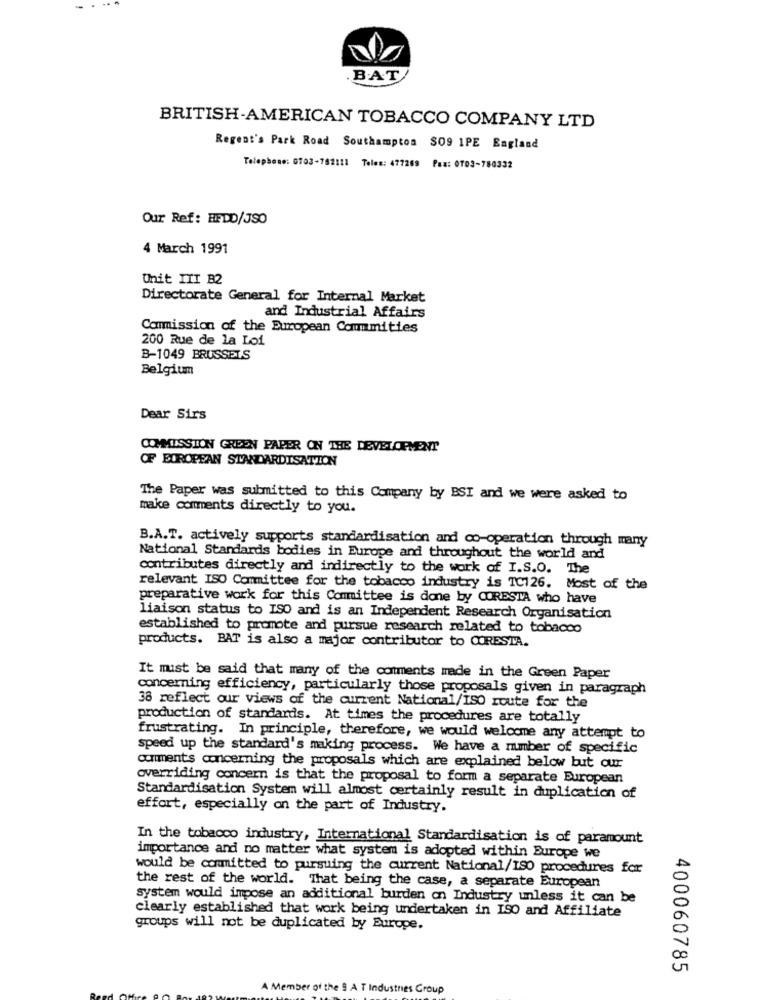
.B.A.T/
BRITISH-AMERICAN TOBACCO COMPANY LTD
Regent's Park Road Southampton $09 1PE England
Telephone: 0703-782111 Teles: 477269 Pas: 0703-780332
Our Ref: HPDD/JSO
4 March 1991
Unit III B2
Directorate General for Internal Market
and Industrial Affairs
Commission of the European Communities
200 Rue de la Loi
B-1049 BRUSSELS
Belgium
Dear Sirs
COMMISSION GREEN PAPER ON THE DEVELOPMENT
OF EUROPEAN STANDARDISATION
The Paper was submitted to this Company by BSI and we were asked to
make comments directly to you.
B.A.T. actively supports standardisation and co-operation through many
National Standards bodies in Europe and throughout the world and
contributes directly and indirectly to the work of I.S.O. The
relevant ISO Committee for the tobacco industry is TC126. Most of the
preparative work for this Committee is done by CORESTA who have
liaison status to ISO and is an Independent Research Organisation
established to promote and pursue research related to tobacco
products. BAT is also a major contributor to CORESTA.
It must be said that many of the comments made in the Green Paper
concerning efficiency, particularly those proposals given in paragraph
38 reflect our views of the current National/ISO route for the
production of standards. At times the procedures are totally
frustrating. In principle, therefore, we would welcome any attempt to
speed up the standard's making process. We have a mumber of specific
comments concerning the proposals which are explained below but our
overriding concern is that the proposal to form a separate European
Standardisation System will almost certainly result in duplication of
effort, especially on the part of Industry.
In the tobacco industry, International Standardisation is of paramount
importance and no matter what system is adopted within Europe we
would be committed to pursuing the current National/ISO procedures for
the rest of the world. That being the case, a separate European
system would impose an additional burden on Industry unless it can be
clearly established that work being undertaken in ISO and Affiliate
groups will not be duplicated by Europe.
400060785
A Member of the 9 A T Industries Group